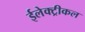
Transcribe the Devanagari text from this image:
ईलेक्ट्रीकल